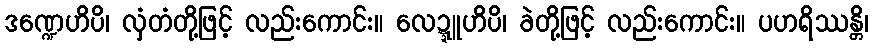
ဒဏ္ဍေဟိပိ၊ လှံတံတို့ဖြင့် လည်းကောင်း။ လေဍ္ဍူဟိပိ၊ ခဲတို့ဖြင့် လည်းကောင်း။ ပဟရိဿန္တိ၊